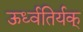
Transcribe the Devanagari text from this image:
ऊर्ध्वतिर्यक्‌